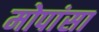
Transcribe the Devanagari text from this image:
मोपांसा